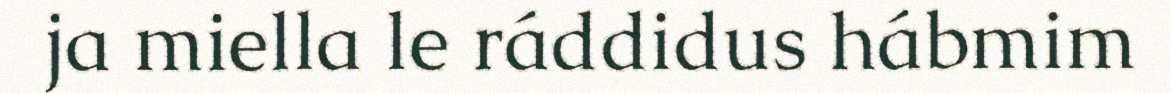
ja miella le ráddidus hábmim